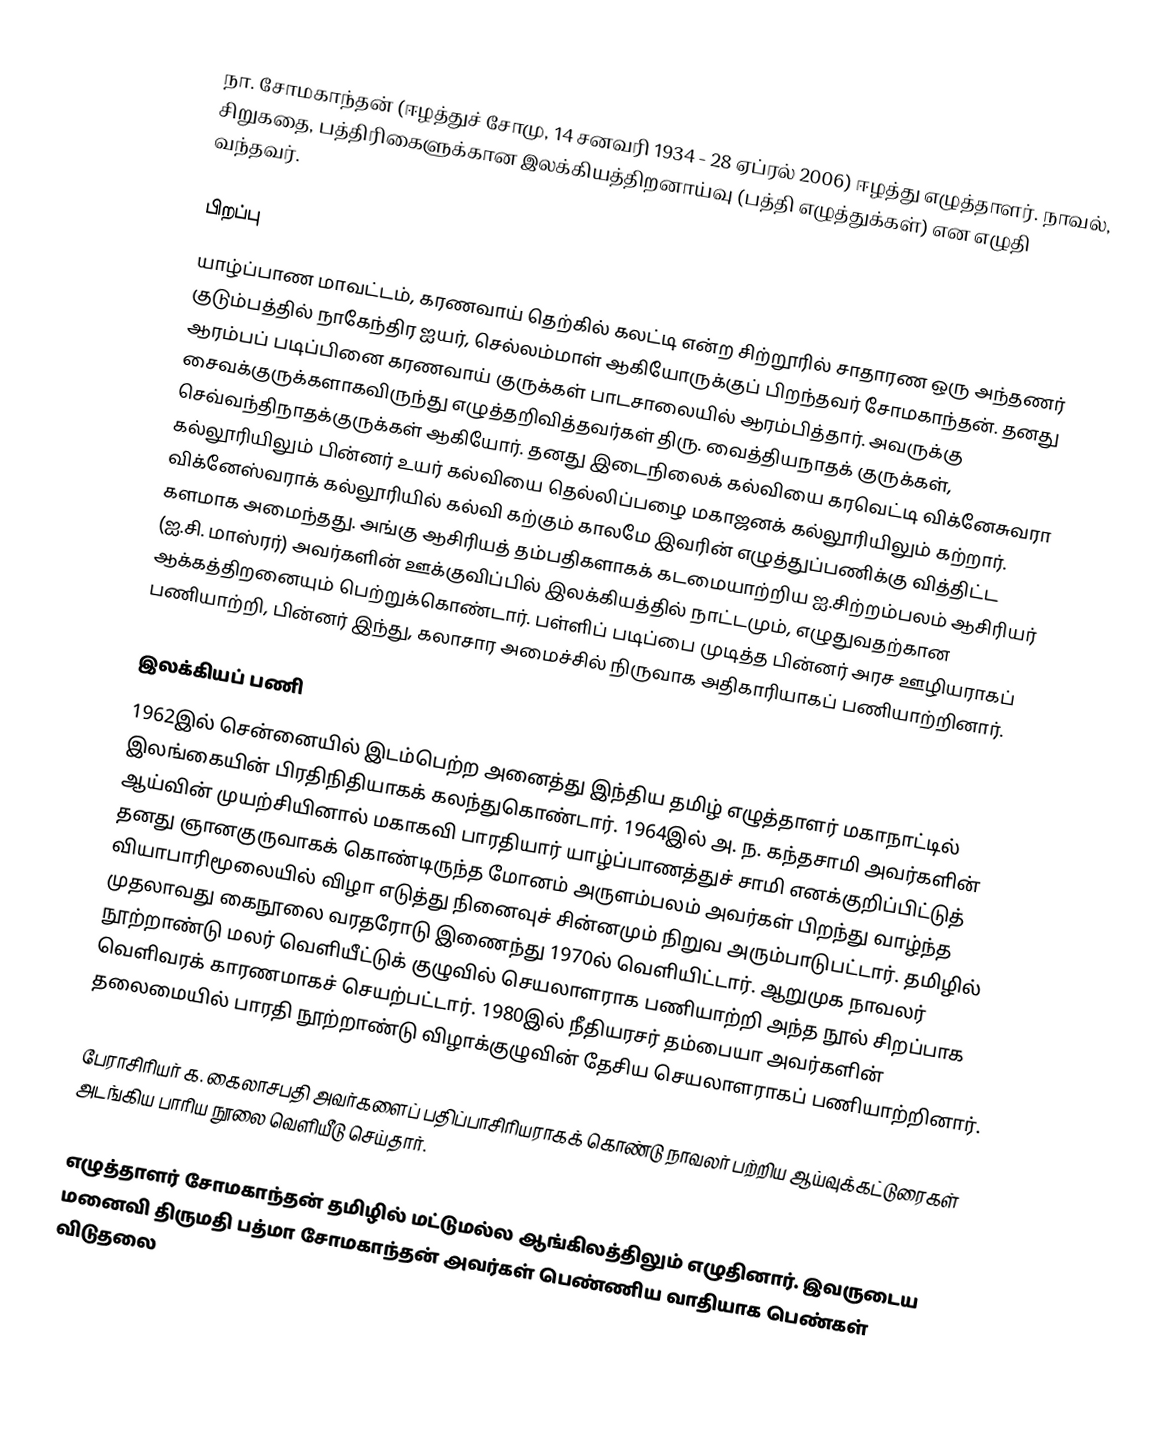
நா. சோமகாந்தன் (ஈழத்துச் சோமு, 14 சனவரி 1934 - 28 ஏப்ரல் 2006) ஈழத்து எழுத்தாளர். நாவல், சிறுகதை, பத்திரிகைளுக்கான இலக்கியத்திறனாய்வு (பத்தி எழுத்துக்கள்) என எழுதி வந்தவர்.

பிறப்பு
யாழ்ப்பாண மாவட்டம், கரணவாய் தெற்கில் கலட்டி என்ற சிற்றூரில் சாதாரண ஒரு அந்தணர் குடும்பத்தில் நாகேந்திர ஐயர், செல்லம்மாள் ஆகியோருக்குப் பிறந்தவர் சோமகாந்தன். தனது ஆரம்பப் படிப்பினை கரணவாய் குருக்கள் பாடசாலையில் ஆரம்பித்தார். அவருக்கு சைவக்குருக்களாகவிருந்து எழுத்தறிவித்தவர்கள் திரு. வைத்தியநாதக் குருக்கள், செவ்வந்திநாதக்குருக்கள் ஆகியோர்.  தனது இடைநிலைக் கல்வியை கரவெட்டி விக்னேசுவரா கல்லூரியிலும் பின்னர் உயர் கல்வியை தெல்லிப்பழை மகாஜனக் கல்லூரியிலும் கற்றார். விக்னேஸ்வராக் கல்லூரியில் கல்வி கற்கும் காலமே இவரின் எழுத்துப்பணிக்கு வித்திட்ட களமாக அமைந்தது. அங்கு ஆசிரியத் தம்பதிகளாகக் கடமையாற்றிய ஐ.சிற்றம்பலம் ஆசிரியர் (ஐ.சி. மாஸ்ரர்) அவர்களின் ஊக்குவிப்பில் இலக்கியத்தில் நாட்டமும், எழுதுவதற்கான ஆக்கத்திறனையும் பெற்றுக்கொண்டார். பள்ளிப் படிப்பை முடித்த பின்னர் அரச ஊழியராகப் பணியாற்றி, பின்னர் இந்து, கலாசார அமைச்சில் நிருவாக அதிகாரியாகப் பணியாற்றினார்.

இலக்கியப் பணி
1962இல் சென்னையில் இடம்பெற்ற அனைத்து இந்திய தமிழ் எழுத்தாளர் மகாநாட்டில் இலங்கையின் பிரதிநிதியாகக் கலந்துகொண்டார். 1964இல் அ. ந. கந்தசாமி அவர்களின் ஆய்வின் முயற்சியினால் மகாகவி பாரதியார் யாழ்ப்பாணத்துச் சாமி எனக்குறிப்பிட்டுத் தனது ஞானகுருவாகக் கொண்டிருந்த மோனம் அருளம்பலம் அவர்கள் பிறந்து வாழ்ந்த வியாபாரிமூலையில் விழா எடுத்து நினைவுச் சின்னமும் நிறுவ அரும்பாடுபட்டார். தமிழில் முதலாவது கைநூலை வரதரோடு இணைந்து 1970ல் வெளியிட்டார். ஆறுமுக நாவலர் நூற்றாண்டு மலர் வெளியீட்டுக் குழுவில் செயலாளராக பணியாற்றி அந்த நூல் சிறப்பாக வெளிவரக் காரணமாகச் செயற்பட்டார். 1980இல் நீதியரசர் தம்பையா அவர்களின் தலைமையில் பாரதி நூற்றாண்டு விழாக்குழுவின் தேசிய செயலாளராகப் பணியாற்றினார்.

பேராசிரியர் க. கைலாசபதி அவர்களைப் பதிப்பாசிரியராகக் கொண்டு நாவலர் பற்றிய ஆய்வுக்கட்டுரைகள் அடங்கிய பாரிய நூலை வெளியீடு செய்தார்.

எழுத்தாளர் சோமகாந்தன் தமிழில் மட்டுமல்ல ஆங்கிலத்திலும் எழுதினார். இவருடைய மனைவி திருமதி பத்மா சோமகாந்தன் அவர்கள் பெண்ணிய வாதியாக பெண்கள் விடுதலை